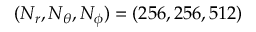
( N _ { r } , N _ { \theta } , N _ { \phi } ) = ( 2 5 6 , 2 5 6 , 5 1 2 )